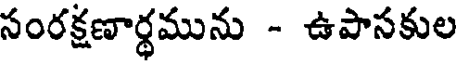
సంరక్షణార్థమును - ఉపాసకుల